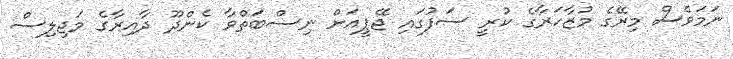
ނަމަވެސް މިރޭގެ މުޒާހަރާގެ ކުރީ ސަފުގައި ޖޭޕީއަށް ނިސްބަތްވާ ކެންދޫ ދާއިރާގެ މަޖިލިސް